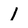
Character: 1